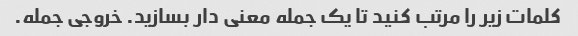
کلمات زیر را مرتب کنید تا یک جمله معنی دار بسازید. خروجی جمله.